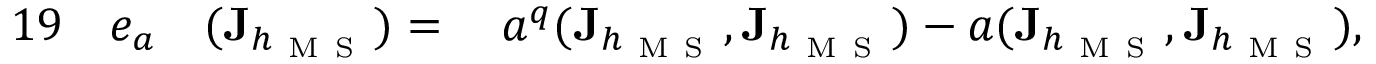
\begin{array} { r l r l } { { 1 9 } } & { { } e _ { a } } & { ( \mathbf { J } _ { h _ { \mathrm { ~ M ~ S ~ } } } ) = { } } & { { } a ^ { q } ( \mathbf { J } _ { h _ { \mathrm { ~ M ~ S ~ } } } , \mathbf { J } _ { h _ { \mathrm { ~ M ~ S ~ } } } ) { } - { } a ( \mathbf { J } _ { h _ { \mathrm { ~ M ~ S ~ } } } , \mathbf { J } _ { h _ { \mathrm { ~ M ~ S ~ } } } ) , } \end{array}